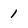
Character: 1